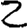
Digit: 2